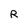
Character: R